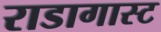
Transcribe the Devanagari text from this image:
राडागास्ट